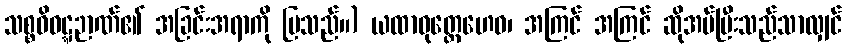
သစ္စဝိဝဋ္ဋဉာဏ်၏ အခြင်းအရာကို ပြသည်။) ယထာဝုတ္တေဟေဝ၊ အကြင် အကြင် ဆိုအပ်ပြီးသည်သာလျှင်